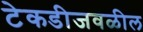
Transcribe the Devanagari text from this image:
टेकडीजवळील